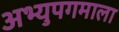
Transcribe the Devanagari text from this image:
अभ्युपगमाला